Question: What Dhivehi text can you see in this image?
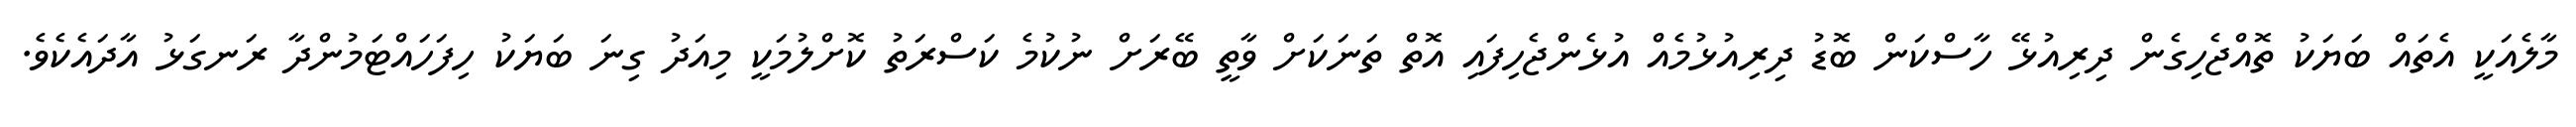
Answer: މާލެއަކީ އެތައް ބަޔަކު ތޮއްޖެހިގެން ދިރިއުޅޭ ހާސްކަން ބޮޑު ދިރިއުޅުމެއް އުޅެންޖެހިފައި އޮތް ތަނަކަށް ވާތީ ބޭރަށް ނުކުމެ ކަސްރަތު ކޮށްލުމަކީ މިއަދު ގިނަ ބަޔަކު ހިފަހައްޓަމުންދާ ރަނގަޅު އާދައެކެވެ.